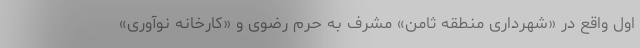
اول واقع در «شهرداری منطقه ثامن» مشرف به حرم رضوی و «کارخانه نوآوری»